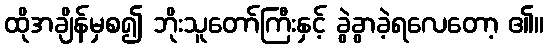
ထိုအချိန်မှစ၍ ဘိုးသူတော်ကြီးနှင့် ခွဲခွာခဲ့ရလေတော့ ၏။